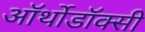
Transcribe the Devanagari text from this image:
ऑर्थोडॉक्सी